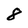
Character: 8